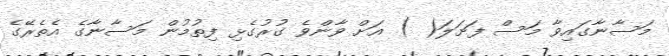
މަސާނާގައިވާ މަސް ފަށަލަ( ) އަށް ވާންވެ ގުރުގެޅި ފިތުމުން މަސާނާގެ އެތެރޭގެ